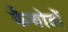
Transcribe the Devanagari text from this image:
कैथोडों